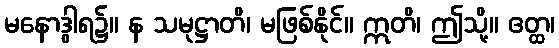
မနောဒွါရ၌။ န သမုဋ္ဌာတိ၊ မဖြစ်နိုင်။ ဣတိ၊ ဤသို့။ ဧတ္ထ၊